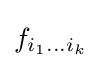
f_{i_{1}\dots i_{k}}